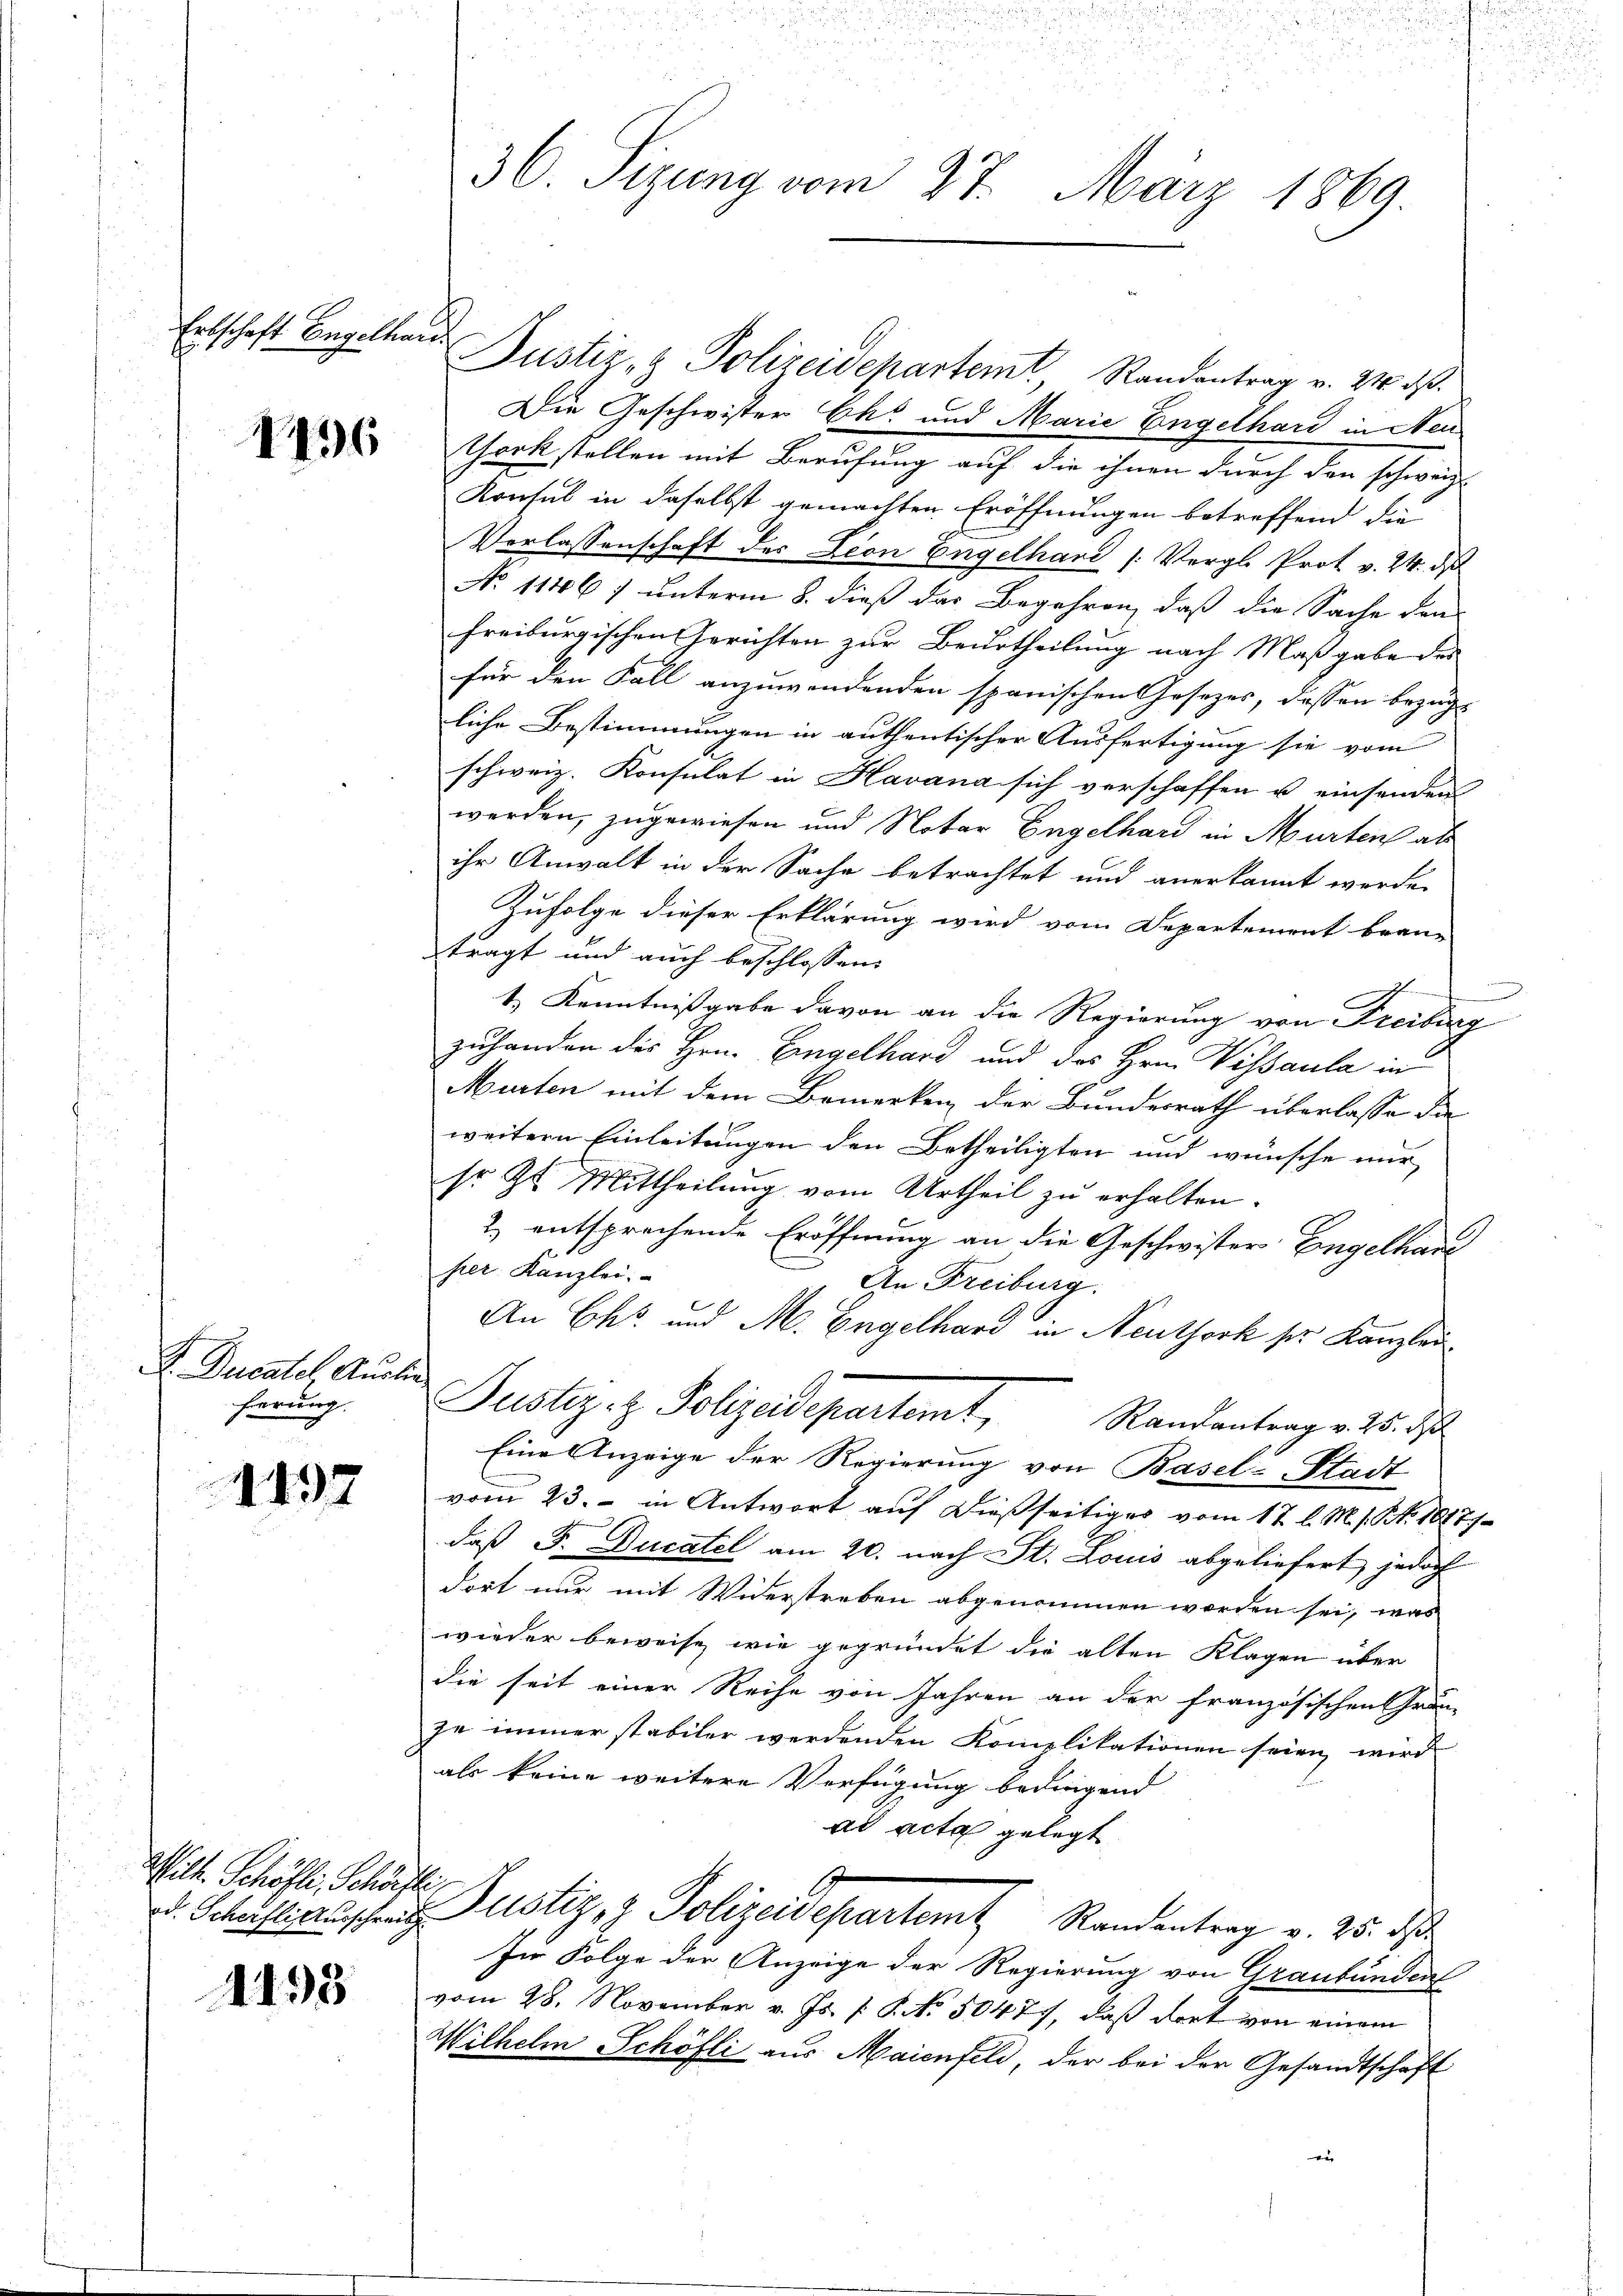
Erbschaft Engelhard

1436

R. Ducatel Auslie
hierung.

1437

Wilh. Schöfli, Schärfte,
d. Scherfli Ausschreib

1493

e
585
36 Sizung vom 27. März 1869

Justiz- & Polizeidepartemt Randantrag v. 24. d.
Die Geschwister Ehe und Marie Engelhard in Neu
York stellen mit Berufung auf die ihnen durch den schweiz.
Konsul in daselbst gemachten Eröffnungen betreffend die
Verlassenschaft des Dion Engelhard (Vergl. Prot v. 24. ds
No 11467 unterm 8. dieß das Begehren, daß die Sache den
freiburgischen Gerichten zur Beurtheilung nach Maßgabe des
für den Fall anzuwendenden spanischen Gesetzes, dessen bezugs- |
liche Bestimmungen in authentischer Ausfertigung sie vom
schweiz. Konsulat in Havana sich verschaffen u einsenden
werden, zugewiesen und Notar Engelhard in Murten als
ihr Anwalt in der Sache betrachtet und anerkannt werde.
Zufolge dieser Erklärung wird vom Departement brau
trägt und auch beschlossen:
.
1.) Kenntnißgabe davon an die Regierung von Freiburg
zuhanden des Hrn. Eingelhard und des Hrn. Vissaula in
Murten mit dem Bemerken der Bundesrath überlasse die
weitern Einleitungen den Betheiligten und wünsche nur
so Zu Mittheilung vom Urtheil zu erhalten.
2.) entsprechende Eröffnung an die Geschwister Engelhau
per Kanzlei.
An Freiburg.
An Chr. und M. Engelhard in Neuthork pr. Kanzlei.
Justiz- & Polizeidepartemt,
Randantrag v. 25. d
Eine Anzeige der Regierung von Basel-Stadt
vom 23. - in Antwort auf dießseitiges vom 17 l. M. s. S. 18171
daß F. Ducatel am 20. nach St. Louis abgeliefert jedoch
dort nur mit Widerstreben abgenommen worden sei, was
wieder beweise wie gegründet die alten Klagen über
die seit einer Reihe von Jahren an der französischen Grän-
ze immer stabiler werdenden Komplikationen seien, wird
als keine weitere Verfügung bedingend
ad acta gelegt
1
Justiz- & Polizeidepartemt Randantrag v. 25. d.
In Folge der Anzeige der Regierung von Graubünden
vom 28. November v. Js. f. P. No. 50471, daß dort von einem
Wilhelm Schöfli aus Maienfeld der bei der Gesandtschaft
ei